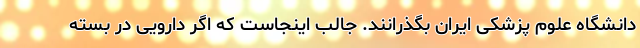
دانشگاه علوم پزشکی ایران بگذرانند. جالب اینجاست که اگر دارویی در بسته